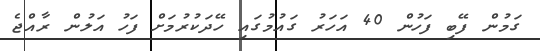
ގަމުން ފޭބި ފަހުން 40 އަހަރު ގައުމުގައި ހޭދަކުރުމަށް ފަހު އަލުން ރާއްޖެ